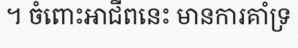
។ ចំពោះអាជីពនេះ មានការគាំទ្រ